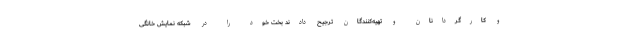
و کارگردانان و تهیه‌کنندگان ترجیح دادند بخت خود را در شبکه نمایش خانگی